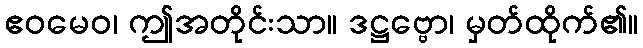
ဧဝမေဝ၊ ဤအတိုင်းသာ။ ဒဋ္ဌဗ္ဗော၊ မှတ်ထိုက်၏။